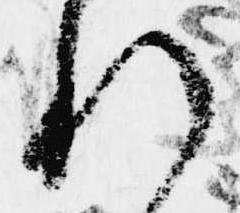
れ